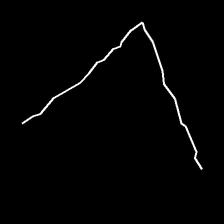
Glyph: region